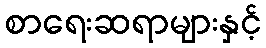
စာရေးဆရာများနှင့်